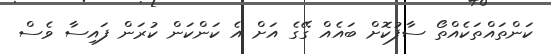
ކަންތައްތަކެއްތޯ ސާފުކޮށް ބައެއް ގޭގެ އަށް އެ ކަންކަން ކުރަން ފައިސާ ވެސް